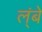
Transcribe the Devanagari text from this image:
ल्ंबे